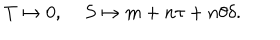
T \mapsto 0 , \; S \mapsto m + n \tau + n \theta \delta .